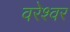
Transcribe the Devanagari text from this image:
वरेश्वर